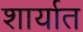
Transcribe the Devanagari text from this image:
शार्यात